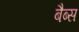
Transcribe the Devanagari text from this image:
बैब्स